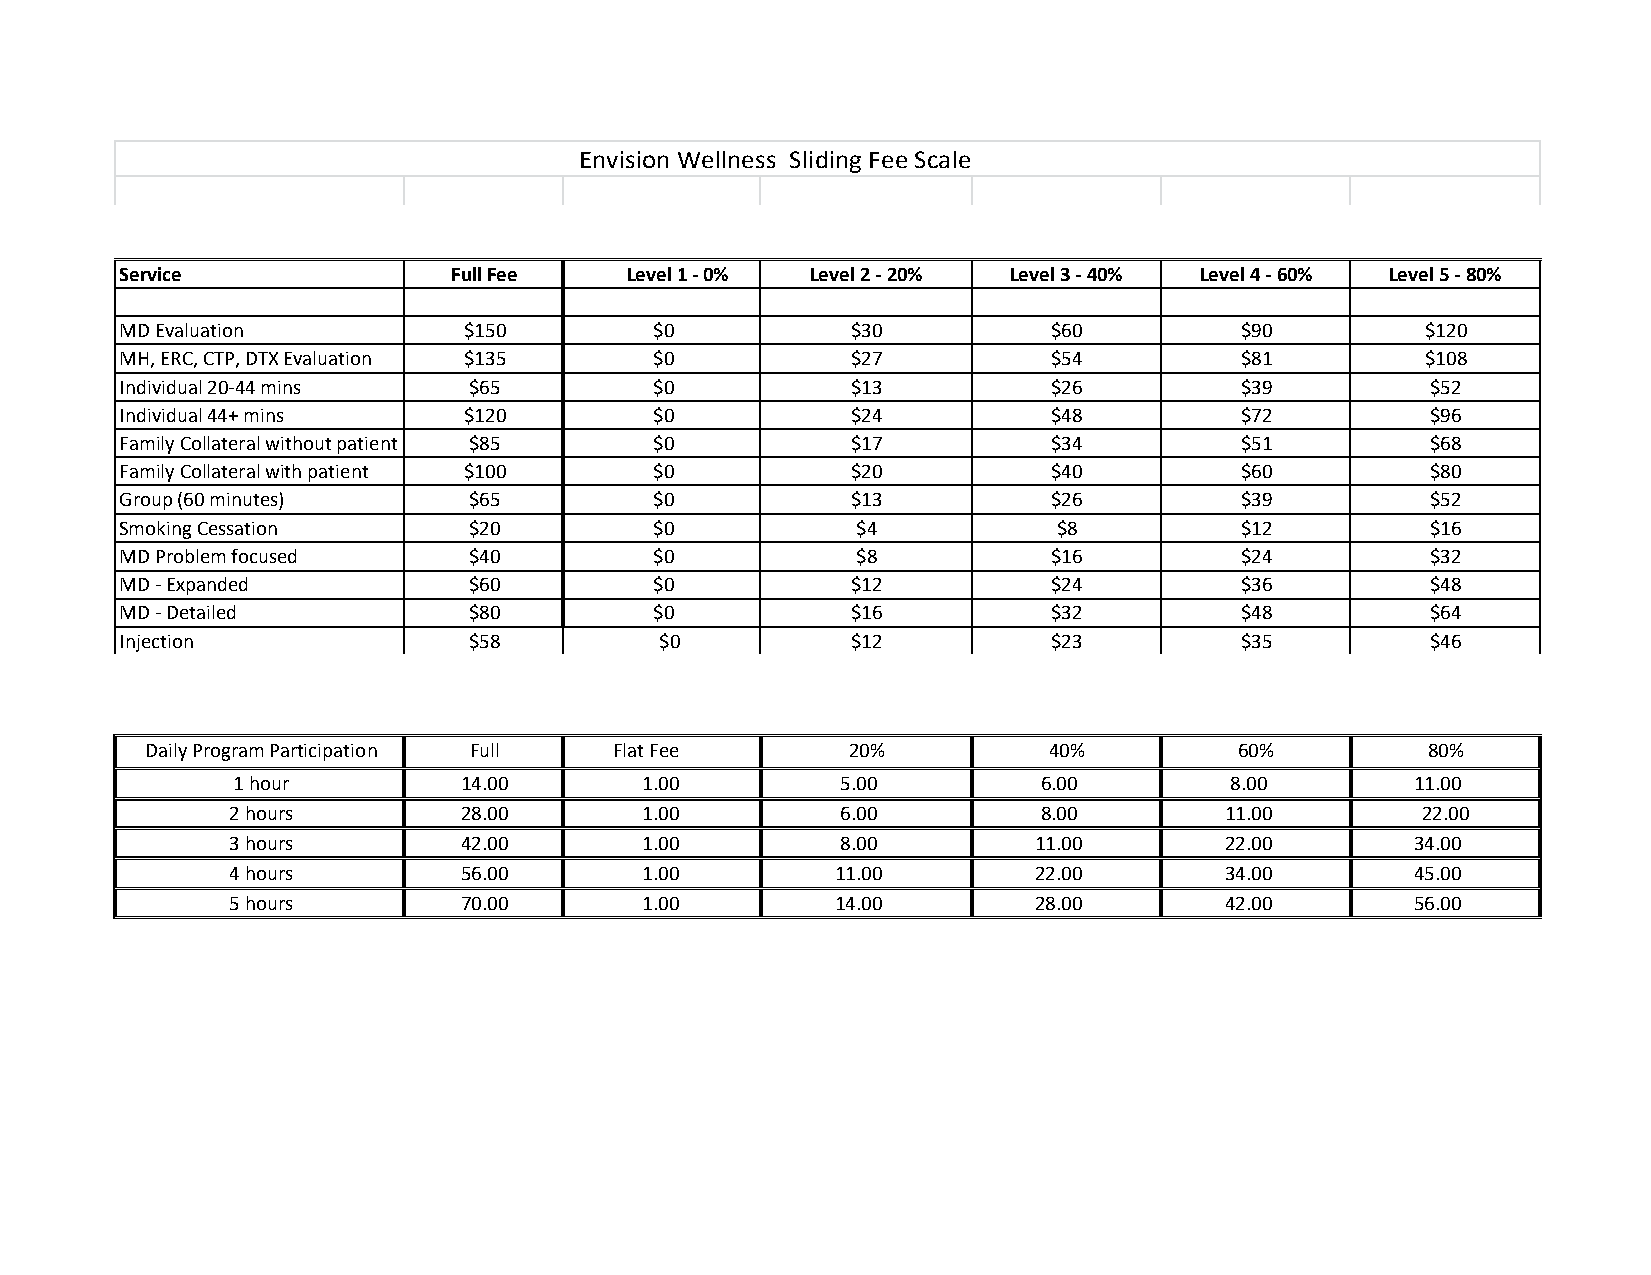
Envision Wellness Sliding Fee Scale
 Service               Full Fee   Level 1 - 0% Level 2 - 20% Level 3 - 40% Level 4 - 60% Level 5 - 80%
 MD Evaluation          $150        $0           $30           $60         $90         $120
 MH, ERC, CTP, DTX Evaluation $135  $0           $27           $54         $81         $108
 Individual 20-44 mins  $65         $0           $13           $26         $39          $52
 Individual 44+ mins    $120        $0           $24           $48         $72          $96
 Family Collateral without patient $85 $0        $17           $34         $51          $68
 Family Collateral with patient $100 $0          $20           $40         $60          $80
 Group (60 minutes)     $65         $0           $13           $26         $39          $52
 Smoking Cessation      $20         $0            $4           $8          $12          $16
 MD Problem focused     $40         $0            $8           $16         $24          $32
 MD - Expanded          $60         $0           $12           $24         $36          $48
 MD - Detailed          $80         $0           $16           $32         $48          $64
 Injection              $58          $0          $12           $23         $35          $46
 Daily Program Participation Full Flat Fee     20%          40%          60%         80%
 1 hour         14.00       1.00          5.00         6.00        8.00         11.00
 2 hours        28.00       1.00          6.00         8.00        11.00        22.00
 3 hours        42.00       1.00          8.00         11.00       22.00        34.00
 4 hours        56.00       1.00         11.00         22.00       34.00        45.00
 5 hours        70.00       1.00         14.00         28.00       42.00        56.00